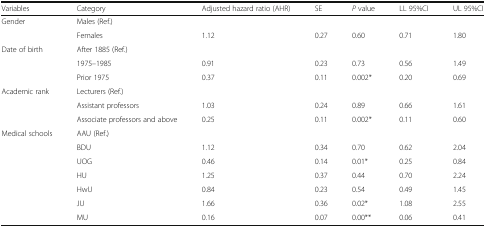
<table><thead><tr><td><b>Variables</b></td><td><b>Category</b></td><td><b>Adjusted hazard ratio (AHR)</b></td><td><b>SE</b></td><td><b><i>P</i> value</b></td><td><b>LL 95%CI</b></td><td><b>UL 95%CI</b></td></tr></thead><tbody><tr><td rowspan="2">Gender</td><td>Males (Ref.)</td><td colspan="5"></td></tr><tr><td>Females</td><td>1.12</td><td>0.27</td><td>0.60</td><td>0.71</td><td>1.80</td></tr><tr><td rowspan="3">Date of birth</td><td>After 1885 (Ref.)</td><td colspan="5"></td></tr><tr><td>1975–1985</td><td>0.91</td><td>0.23</td><td>0.73</td><td>0.56</td><td>1.49</td></tr><tr><td>Prior 1975</td><td>0.37</td><td>0.11</td><td>0.002*</td><td>0.20</td><td>0.69</td></tr><tr><td rowspan="3">Academic rank</td><td>Lecturers (Ref.)</td><td colspan="5"></td></tr><tr><td>Assistant professors</td><td>1.03</td><td>0.24</td><td>0.89</td><td>0.66</td><td>1.61</td></tr><tr><td>Associate professors and above</td><td>0.25</td><td>0.11</td><td>0.002*</td><td>0.11</td><td>0.60</td></tr><tr><td rowspan="7">Medical schools</td><td>AAU (Ref.)</td><td colspan="5"></td></tr><tr><td>BDU</td><td>1.12</td><td>0.34</td><td>0.70</td><td>0.62</td><td>2.04</td></tr><tr><td>UOG</td><td>0.46</td><td>0.14</td><td>0.01*</td><td>0.25</td><td>0.84</td></tr><tr><td>HU</td><td>1.25</td><td>0.37</td><td>0.44</td><td>0.70</td><td>2.24</td></tr><tr><td>HwU</td><td>0.84</td><td>0.23</td><td>0.54</td><td>0.49</td><td>1.45</td></tr><tr><td>JU</td><td>1.66</td><td>0.36</td><td>0.02*</td><td>1.08</td><td>2.55</td></tr><tr><td>MU</td><td>0.16</td><td>0.07</td><td>0.00**</td><td>0.06</td><td>0.41</td></tr></tbody></table>